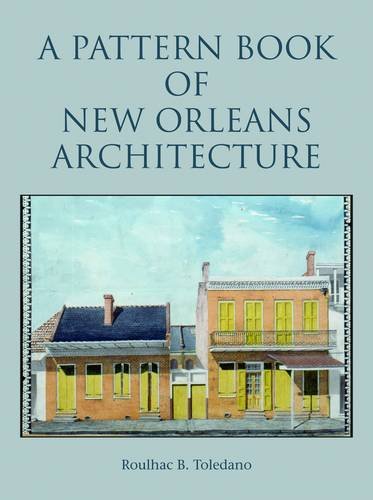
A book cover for Pattern Book of New Orleans Architecture, A; Roulhac Toledano; Arts & Photography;